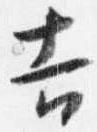
吉